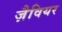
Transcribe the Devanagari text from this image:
ज़ैवियर